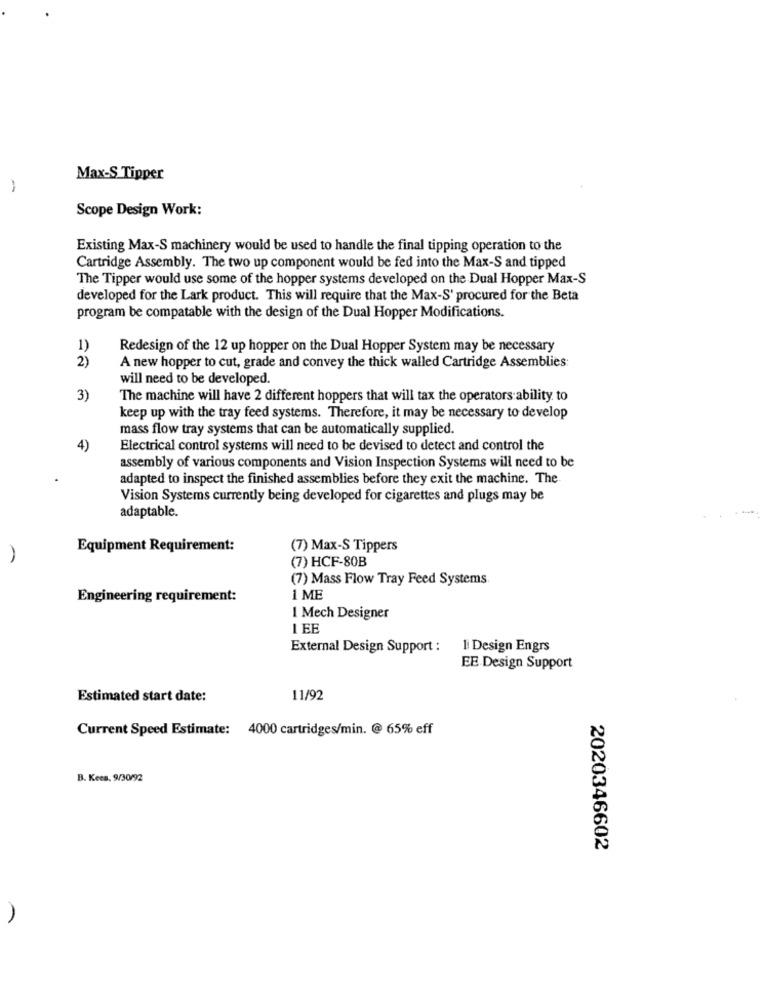
Max-S Tipper
Scope Design Work:
Existing Max-S machinery would be used to handle the final tipping operation to the
Cartridge Assembly. The two up component would be fed into the Max-S and tipped
The Tipper would use some of the hopper systems developed on the Dual Hopper Max-S
developed for the Lark product. This will require that the Max-S' procured for the Beta
program be compatable with the design of the Dual Hopper Modifications.
1)
Redesign of the 12 up hopper on the Dual Hopper System may be necessary
2)
A new hopper to cut, grade and convey the thick walled Cartridge Assemblies:
will need to be developed.
3)
The machine will have 2 different hoppers that will tax the operators ability to
keep up with the tray feed systems. Therefore, it may be necessary to develop
mass flow tray systems that can be automatically supplied.
4)
Electrical control systems will need to be devised to detect and control the
assembly of various components and Vision Inspection Systems will need to be
adapted to inspect the finished assemblies before they exit the machine. The
Vision Systems currently being developed for cigarettes and plugs may be
adaptable.
Equipment Requirement:
(7) Max-S Tippers
(7) HCF-80B
(7) Mass Flow Tray Feed Systems
Engineering requirement:
1 ME
I Mech Designer
I EE
External Design Support :
1 Design Engrs
EE Design Support
Estimated start date:
11/92
Current Speed Estimate: 4000 cartridges/min. @ 65% eff
B. Kees. 9/30/92
2020346602